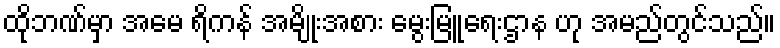
ထိုဘဏ်မှာ အမေ ရိကန် အမျိုးအစား မွေးမြူရေးဌာန ဟု အမည်တွင်သည်။